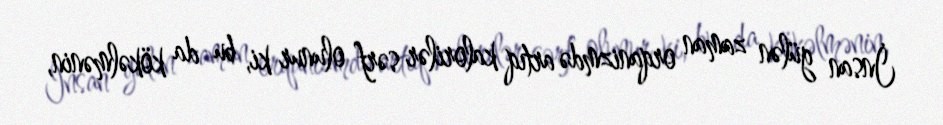
İnsan gülən zaman orqanizmdə artıq kalorilər sərf olunur ki, bu da kökəlmənin,